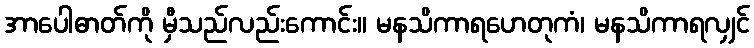
အာပေါဓာတ်ကို မှီသည်လည်းကောင်း။ မနသိကာရဟေတုကံ၊ မနသိကာရလျှင်